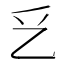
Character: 乥